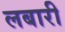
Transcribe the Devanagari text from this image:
लबारी